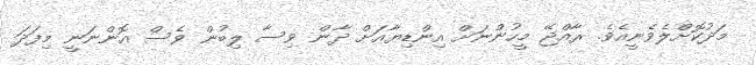
މަދުކޮށްލެވެނީއެވެ. ރާއްޖޭ މީހުންނަށް އިންޑިޔާއަށް ދާން ވިސާ ލިބުން ވެސް އޮންނަނީ މިފަދަ